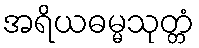
အရိယဓမ္မသုတ္တံ